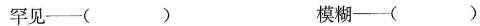
罕见——( ) 模糊——( )